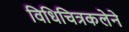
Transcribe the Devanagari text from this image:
विधिचित्रकलेने